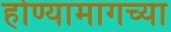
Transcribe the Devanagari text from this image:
होण्यामागच्या